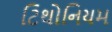
ટિથોનિયમ